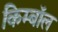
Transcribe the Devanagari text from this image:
किम्बॉल